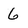
Character: 6